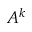
A ^ { k }